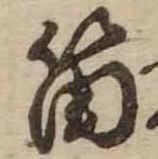
笛